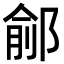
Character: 鄃